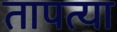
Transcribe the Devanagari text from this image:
तापत्या